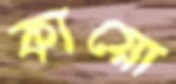
কায়ো